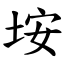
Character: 垵